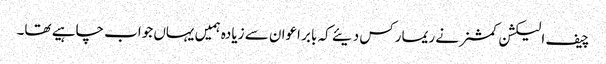
چیف الیکشن کمشنر نے ریمارکس دیئے کہ بابر اعوان سے زیادہ ہمیں یہاں جواب چاہیے تھا۔